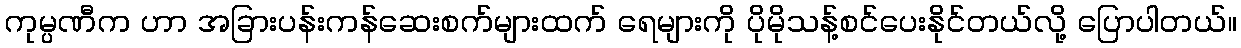
ကုမ္ပဏီက ဟာ အခြားပန်းကန်ဆေးစက်များထက် ရေများကို ပိုမိုသန့်စင်ပေးနိုင်တယ်လို့ ပြောပါတယ်။